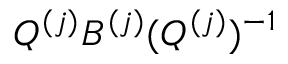
Q ^ { ( j ) } B ^ { ( j ) } ( Q ^ { ( j ) } ) ^ { - 1 }